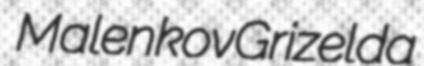
Malenkov Grizelda